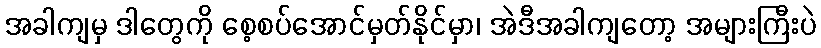
အခါကျမှ ဒါတွေကို စေ့စပ်အောင်မှတ်နိုင်မှာ၊ အဲဒီအခါကျတော့ အများကြီးပဲ